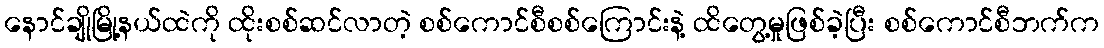
နောင်ချိုမြို့နယ်ထဲကို ထိုးစစ်ဆင်လာတဲ့ စစ်ကောင်စီစစ်ကြောင်းနဲ့ ထိတွေ့မှုဖြစ်ခဲ့ပြီး စစ်ကောင်စီဘက်က